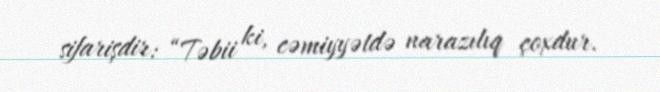
sifarişdir: “Təbii ki, cəmiyyətdə narazılıq çoxdur.